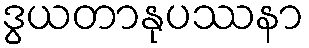
ဒွယတာနုပဿနာ